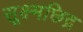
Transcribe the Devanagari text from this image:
सूक्ष्मछिद्र